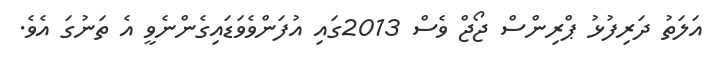
އަލަތު ދަރިފުޅު ޕްރިންސް ޖޯޖް ވެސް 2013ގައި އުފަންވެވަޑައިގެންނެވީ އެ ތަނުގަ އެވެ.